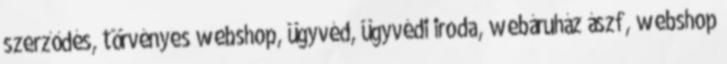
szerződés, törvényes webshop, ügyvéd, ügyvédi iroda, webáruház ászf, webshop